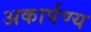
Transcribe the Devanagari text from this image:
अकार्पण्य